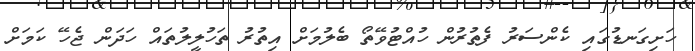
ހަށިގަނޑުގައި ކެންސަރު ފެތުރުން ހުއްޓުވޭތޯ ބެލުމަށް އިތުރު ތަހުލީލުތައް ހަދަން ޖެހޭ ކަމަށް